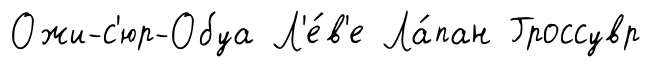
Ожи-с'юр-Обуа Л'е́в'е Ла́пан Гроссувр